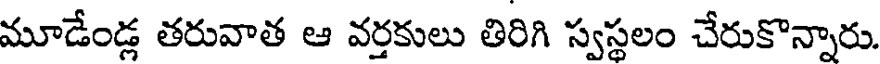
మూడేండ్ల తరువాత ఆ వర్తకులు తిరిగి స్వస్థలం చేరుకొన్నారు